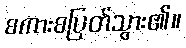
စကားစပြတ်သွား၏။